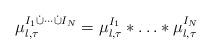
LaTeX: \begin{align*}\mu^{I_1\dot\cup\cdots\dot\cup I_N}_{\l,\tau}=\mu^{I_1}_{\l,\tau}*\ldots*\mu^{I_N}_{\l,\tau}\end{align*}